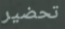
تحضير